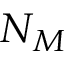
N _ { M }